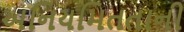
અનિયમિતતાની